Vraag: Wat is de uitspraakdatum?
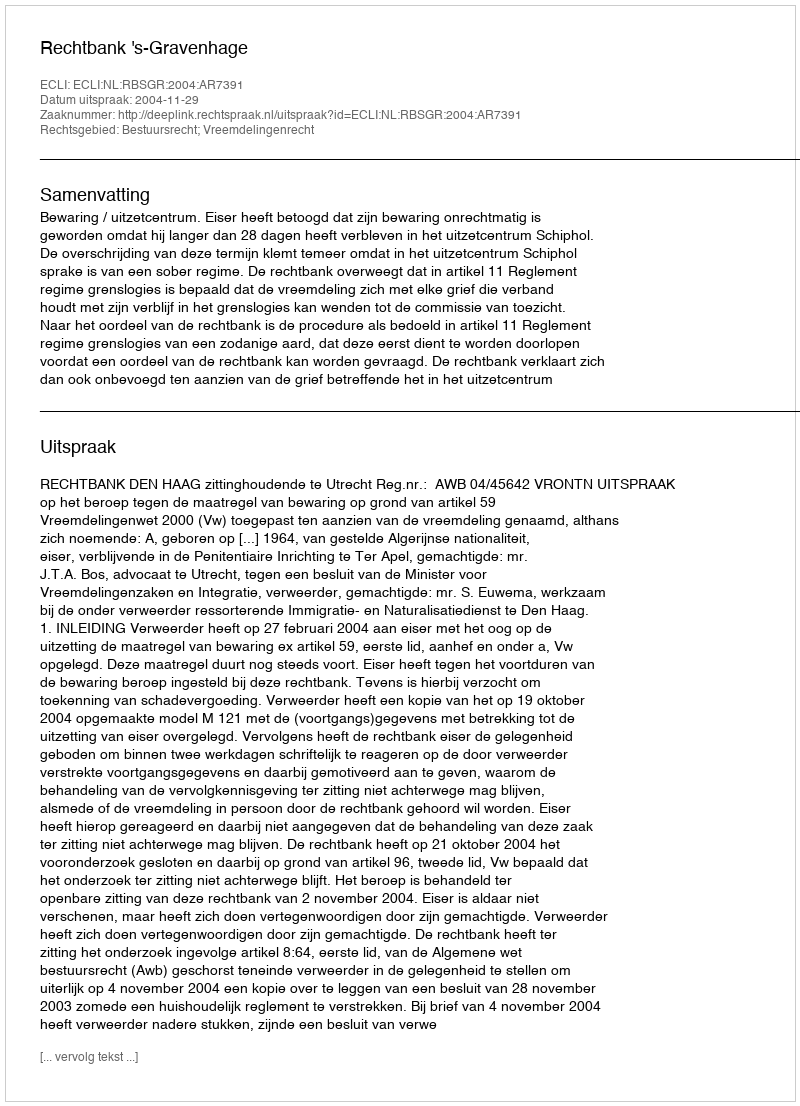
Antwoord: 2004-11-29